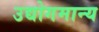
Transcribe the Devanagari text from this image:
उद्योगमान्य